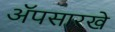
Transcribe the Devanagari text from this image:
ॲपसारखे